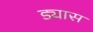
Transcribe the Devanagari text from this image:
ड्यास